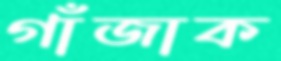
গাঁজাক